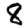
Digit: 8